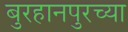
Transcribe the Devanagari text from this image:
बुरहानपुरच्या